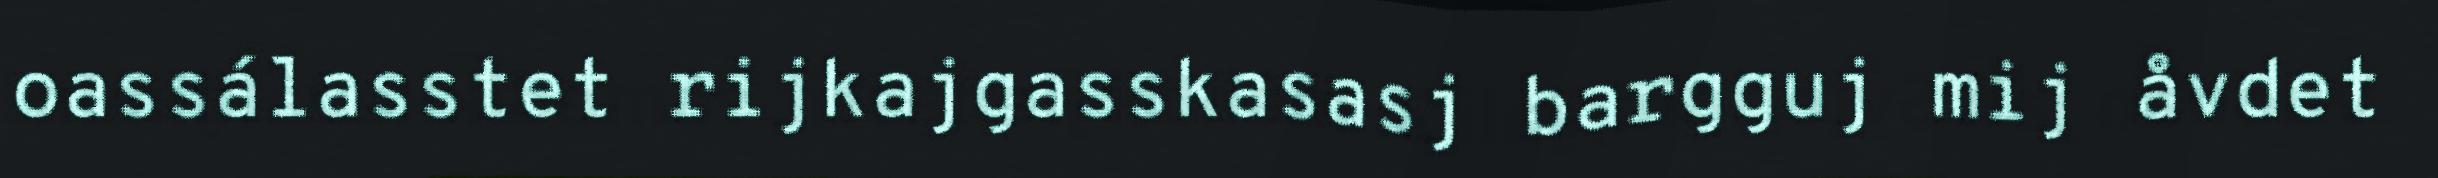
oassálasstet rijkajgasskasasj bargguj mij åvdet